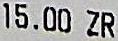
15.00 ZR